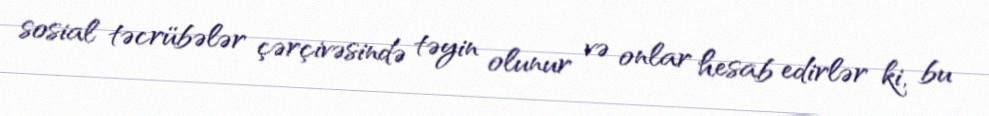
sosial təcrübələr çərçivəsində təyin olunur və onlar hesab edirlər ki, bu